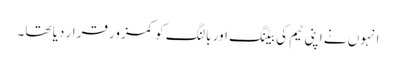
انہوں نے اپنی ٹیم کی بیٹنگ اور بالنگ کو کمزور قرار دیا تھا۔